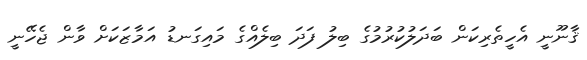
ޤާނޫނީ އެހީތެރިކަން ބަދަލުކުރުމުގެ ބިލު ފަދަ ބިލެއްގެ މައިގަނޑު އަމާޒަކަށް ވާން ޖެހޭނީ